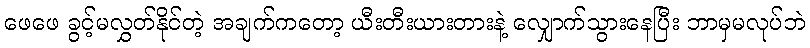
ဖေဖေ ခွင့်မလွှတ်နိုင်တဲ့ အချက်ကတော့ ယီးတီးယားတားနဲ့ လျှောက်သွားနေပြီး ဘာမှမလုပ်ဘဲ